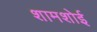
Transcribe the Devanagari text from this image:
शामशोई